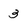
Character: 3